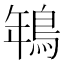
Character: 鵇